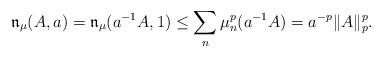
LaTeX: \begin{align*} \mathfrak{n}_\mu (A , a ) = \mathfrak{n}_\mu (a^{-1}A , 1 ) \leq \sum_n \mu_n^p(a^{-1} A) = a^{-p} \|A\|_p^p. \end{align*}